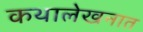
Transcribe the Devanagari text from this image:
कथालेखनात